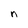
Character: n